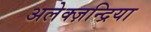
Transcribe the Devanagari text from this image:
अलेक्ज़न्द्रिया